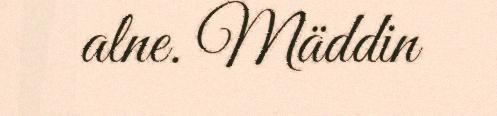
alne. Mäddin